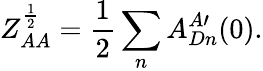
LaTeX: Z_{AA}^{\frac{1}{2}}=\frac{1}{2}\sum_{n}A_{Dn}^{A\prime}(0).